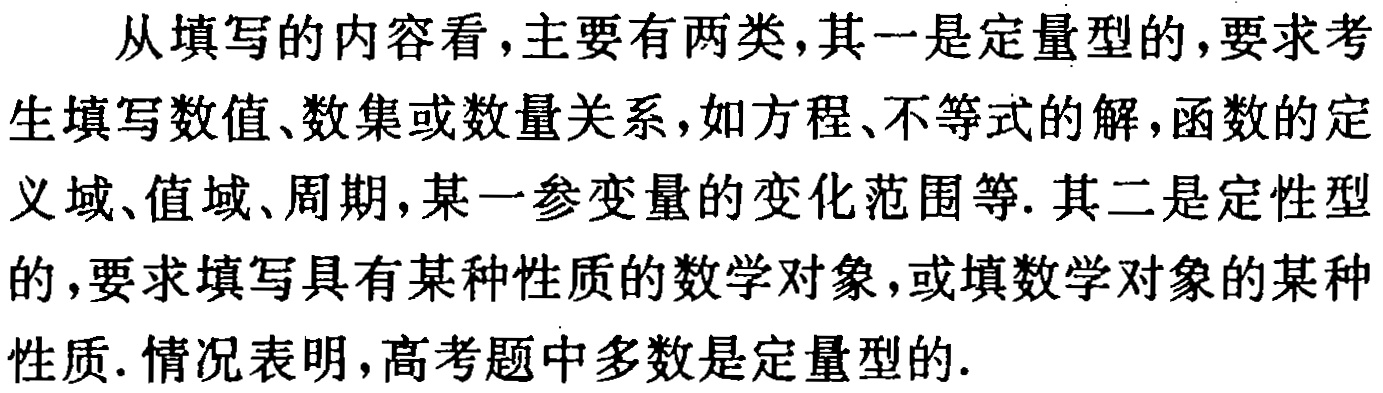
从填写的内容看，主要有两类，其一是定量型的，要求考生填写数值、数集或数量关系，如方程、不等式的解，函数的定义域、值域、周期，某一参变量的变化范围等. 其二是定性型的，要求填写具有某种性质的数学对象，或填数学对象的某种性质. 情况表明，高考题中多数是定量型的.